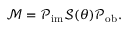
\mathcal { M } = \mathcal { P } _ { \mathrm { i m } } \mathcal { S } ( \theta ) \mathcal { P } _ { \mathrm { o b } } .